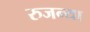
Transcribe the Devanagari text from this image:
रुजन्या